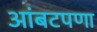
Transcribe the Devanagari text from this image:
आंबटपणा